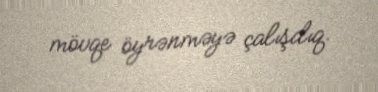
mövqe öyrənməyə çalışdıq.